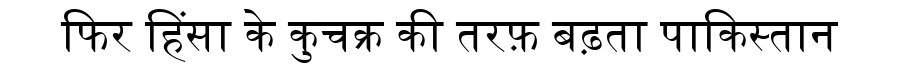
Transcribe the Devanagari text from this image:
फिर हिंसा के कुचक्र की तरफ़ बढ़ता पाकिस्तान